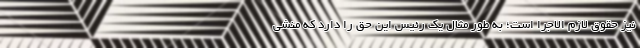
نیز حقوق لازم الاجرا است؛‌ به طور مثال یک رئیس این حق را دارد که منشی